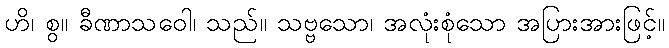
ဟိ၊ စွ။ ခီဏာသဝေါ၊ သည်။ သဗ္ဗသော၊ အလုံးစုံသော အပြားအားဖြင့်။